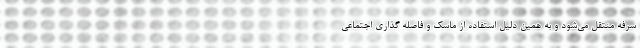
سرفه منتقل می‌شود و به همین دلیل استفاده از ماسک و فاصله گذاری اجتماعی